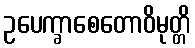
ဥပေက္ခာစေတောဝိမုတ္တိ